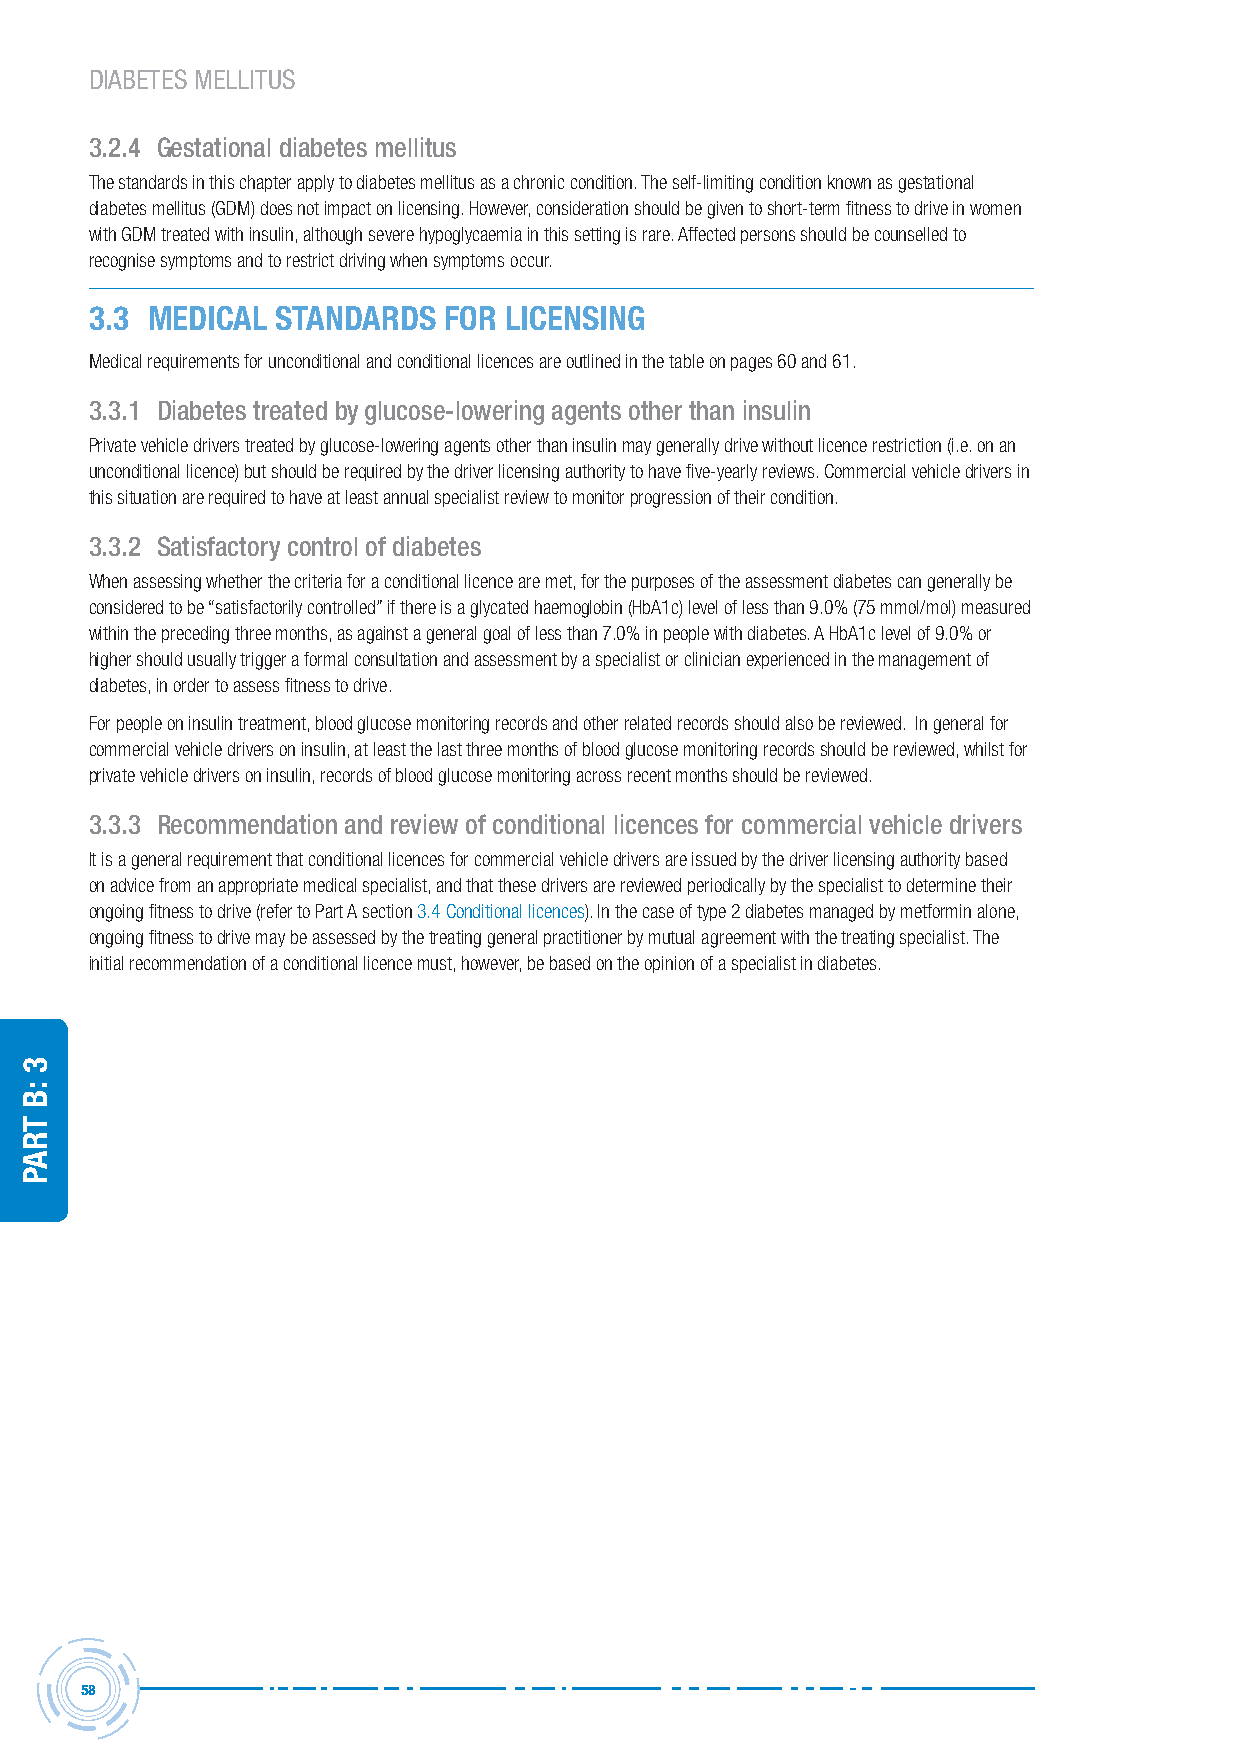
DIABETES MELLITUS
 3.2.4 Gestational diabetes mellitus
 The standards in this chapter apply to diabetes mellitus as a chronic condition. The self-limiting condition known as gestational
 diabetes mellitus (GDM) does not impact on licensing. However, consideration should be given to short-term fitness to drive in women
 with GDM treated with insulin, although severe hypoglycaemia in this setting is rare. Affected persons should be counselled to
 recognise symptoms and to restrict driving when symptoms occur.
 3.3 Medical standards  for licensing
 Medical requirements for unconditional and conditional licences are outlined in the table on pages 60 and 61.
 3.3.1 Diabetes treated by glucose-lowering agents other than insulin
 Private vehicle drivers treated by glucose-lowering agents other than insulin may generally drive without licence restriction (i.e. on an
 unconditional licence) but should be required by the driver licensing authority to have five-yearly reviews. Commercial vehicle drivers in
 this situation are required to have at least annual specialist review to monitor progression of their condition.
 3.3.2 Satisfactory control of diabetes
 When assessing whether the criteria for a conditional licence are met, for the purposes of the assessment diabetes can generally be
 considered to be “satisfactorily controlled” if there is a glycated haemoglobin (HbA1c) level of less than 9.0% (75 mmol/mol) measured
 within the preceding three months, as against a general goal of less than 7.0% in people with diabetes. A HbA1c level of 9.0% or
 higher should usually trigger a formal consultation and assessment by a specialist or clinician experienced in the management of
 diabetes, in order to assess fitness to drive.
 For people on insulin treatment, blood glucose monitoring records and other related records should also be reviewed. In general for
 commercial vehicle drivers on insulin, at least the last three months of blood glucose monitoring records should be reviewed, whilst for
 private vehicle drivers on insulin, records of blood glucose monitoring across recent months should be reviewed.
 3.3.3 Recommendation and review of conditional licences for commercial vehicle drivers
 It is a general requirement that conditional licences for commercial vehicle drivers are issued by the driver licensing authority based
 on advice from an appropriate medical specialist, and that these drivers are reviewed periodically by the specialist to determine their
 ongoing fitness to drive (refer to Part A section 3.4 Conditional licences). In the case of type 2 diabetes managed by metformin alone,
 ongoing fitness to drive may be assessed by the treating general practitioner by mutual agreement with the treating specialist. The
 initial recommendation of a conditional licence must, however, be based on the opinion of a specialist in diabetes.
 58
 3
 :B
 traP